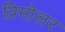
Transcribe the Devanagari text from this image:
प्रिमोलर